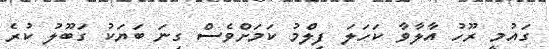
ގައުމީ ރޫހު އާލާވާ ކަހަލަ ފިލްމު ކަމަށްވެސް ގިނަ ބަޔަކު ގަބޫލު ކުރެ